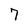
Character: 7